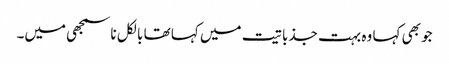
جو بھی کہا وہ بہت جذباتیت میں کہا تھا بالکل ناسمجھی میں۔